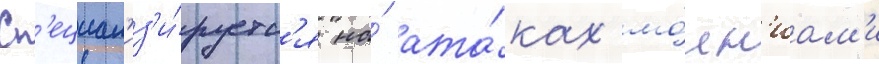
Сп'ециал'из'и́руетс'я на́ ата́ках мо́лн'иам'и